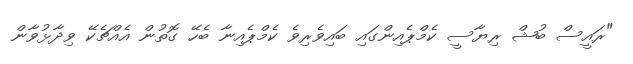
"ރައީސް ބުޝް ރިޔާސީ ކެމްޕެއިންގައި ބައިވެރިވެ ކެމްޕެއިނާ ބެހޭ ގޮތުން އެއްޗެކޭ ވިދާޅުވާން